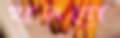
হানবো